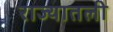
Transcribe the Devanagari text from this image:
राज्यातली